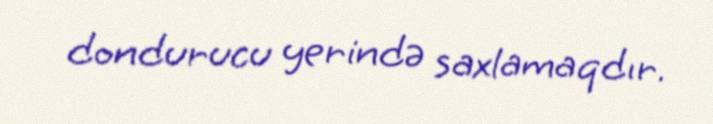
dondurucu yerində saxlamaqdır.